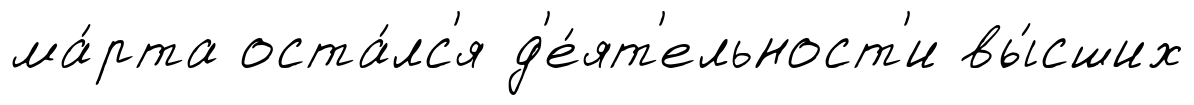
ма́рта оста́лс'я д'е́ят'ельност'и вы́сших